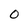
Character: 0